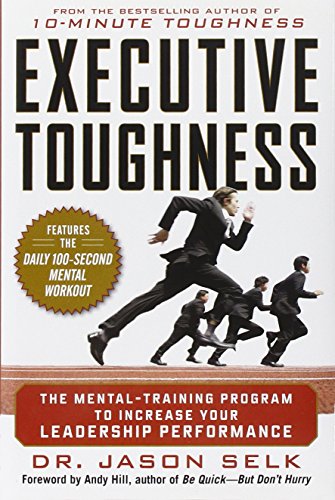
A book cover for Executive Toughness: The Mental-Training Program to Increase Your Leadership Performance; Jason Selk; Business & Money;